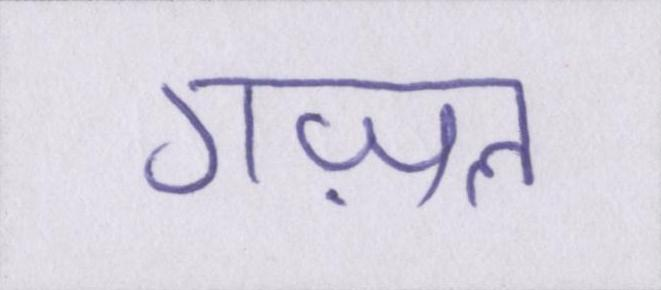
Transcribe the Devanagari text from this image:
गज़ल